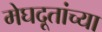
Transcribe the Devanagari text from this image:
मेघदूतांच्या